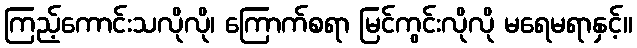
ကြည့်ကောင်းသလိုလို၊ ကြောက်စရာ မြင်ကွင်းလိုလို မရေမရာနှင့်။